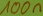
Text: 100n